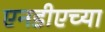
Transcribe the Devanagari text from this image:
एनडीएच्या